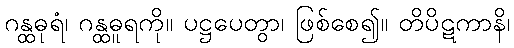
ဂန္ထဓုရံ၊ ဂန္ထဓူရကို။ ပဋ္ဌပေတွာ၊ ဖြစ်စေ၍။ တိပိဋကာနိ၊